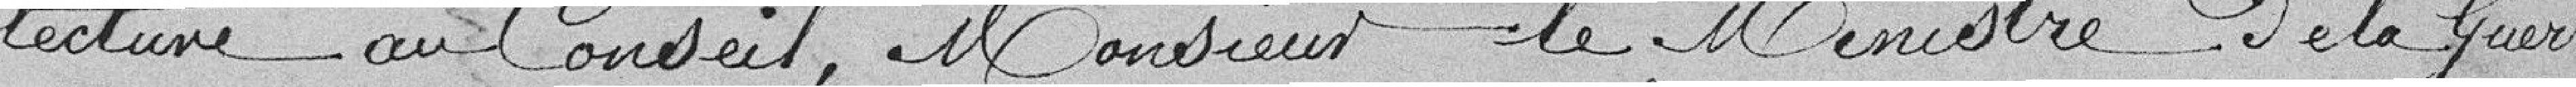
lecture au Conseil, Monsieur le Ministre de la Guerre